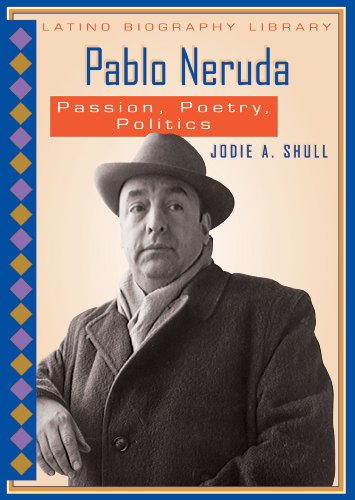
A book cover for Pablo Neruda: Passion, Poetry, Politics (Latino Biography Library); Jodie A. Shull; Teen & Young Adult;